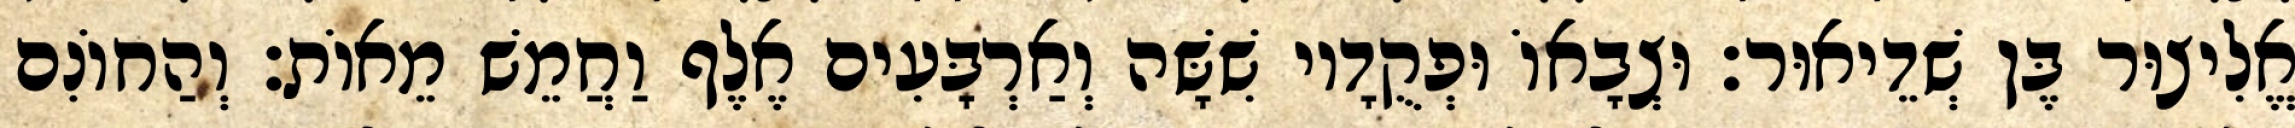
אֱלִיצוּר בֶּן שְׁדֵיאוּר׃ וּצְבָאוֹ וּפְקֻדָיו שִׁשָּׁה וְאַרְבָּעִים אֶלֶף וַחֲמֵשׁ מֵאוֹת׃ וְהַחוֹנִם